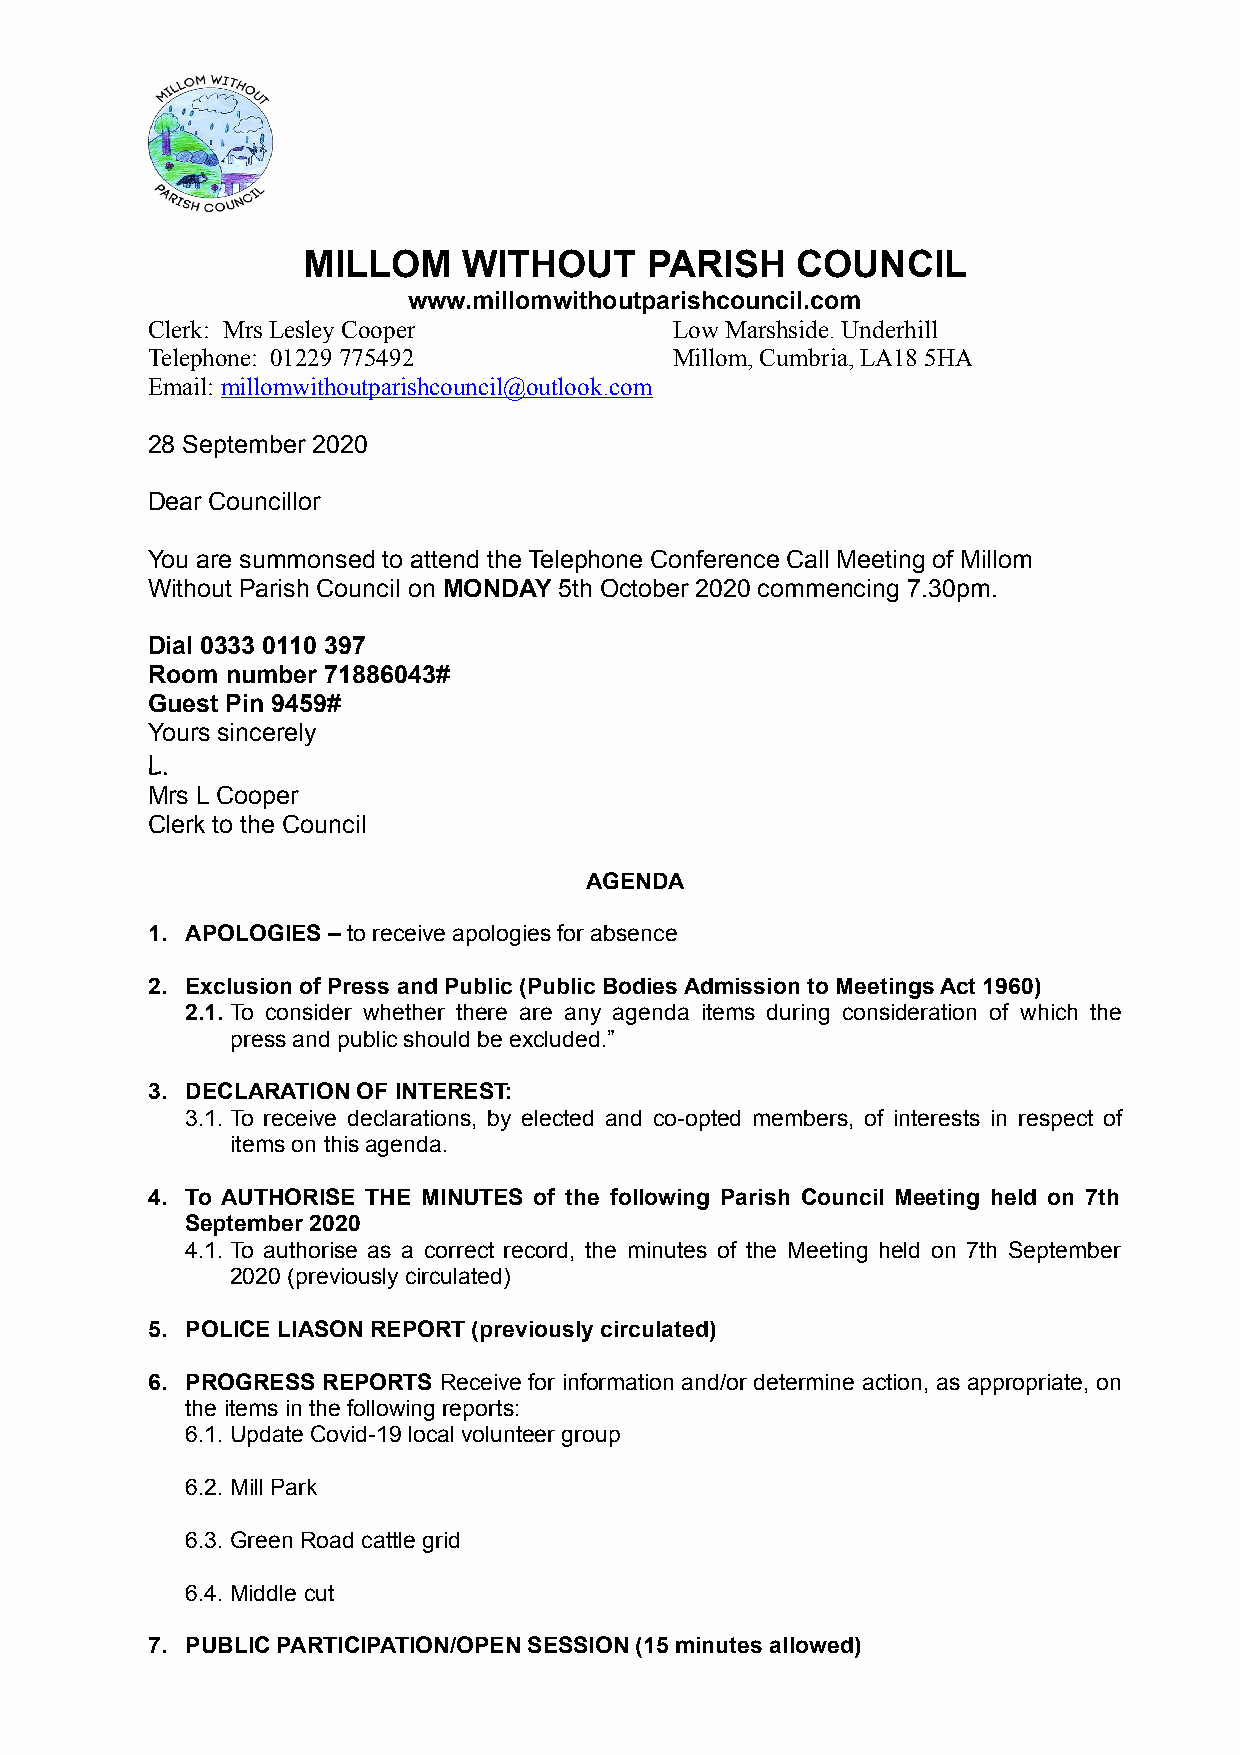
MILLOM     WITHOUT     PARISH    COUNCIL
 www.millomwithoutparishcouncil.com
 Clerk: Mrs Lesley Cooper           Low Marshside. Underhill
 Telephone: 01229 775492            Millom, Cumbria, LA18 5HA
 Email: millomwithoutparishcouncil@outlook.com
 28 September 2020
 Dear Councillor
 You are summonsed to attend the Telephone Conference Call Meeting of Millom
 Without Parish Council on MONDAY 5th October 2020 commencing 7.30pm.
 Dial 0333 0110 397
 Room number 71886043#
 Guest Pin 9459#
 Yours sincerely
 L.
 Mrs L Cooper
 Clerk to the Council
 AGENDA
 1. APOLOGIES – to receive apologies for absence
 2. Exclusion of Press and Public (Public Bodies Admission to Meetings Act 1960)
 2.1. To consider whether there are any agenda items during consideration of which the
 press and public should be excluded.”
 3. DECLARATION OF INTEREST:
 3.1. To receive declarations, by elected and co-opted members, of interests in respect of
 items on this agenda.
 4. To AUTHORISE THE MINUTES of the following Parish Council Meeting held on 7th
 September 2020
 4.1. To authorise as a correct record, the minutes of the Meeting held on 7th September
 2020 (previously circulated)
 5. POLICE LIASON REPORT (previously circulated)
 6. PROGRESS REPORTS Receive for information and/or determine action, as appropriate, on
 the items in the following reports:
 6.1. Update Covid-19 local volunteer group
 6.2. Mill Park
 6.3. Green Road cattle grid
 6.4. Middle cut
 7. PUBLIC PARTICIPATION/OPEN SESSION (15 minutes allowed)